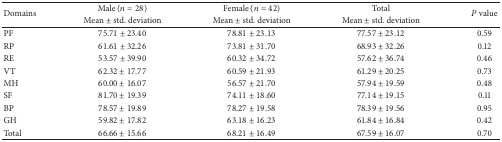
<table><thead><tr><td rowspan="2"><b>Domains</b></td><td><b>Male (<i>n</i> = 28)</b></td><td><b>Female (<i>n</i> = 42)</b></td><td><b>Total</b></td><td rowspan="2"><b><i>P</i> value</b></td></tr><tr><td><b>Mean ± std. deviation</b></td><td><b>Mean ± std. deviation</b></td><td><b>Mean ± std. deviation</b></td></tr></thead><tbody><tr><td>PF</td><td>75.71 ± 23.40</td><td>78.81 ± 23.13</td><td>77.57 ± 23.12</td><td>0.59</td></tr><tr><td>RP</td><td>61.61 ± 32.26</td><td>73.81 ± 31.70</td><td>68.93 ± 32.26</td><td>0.12</td></tr><tr><td>RE</td><td>53.57 ± 39.90</td><td>60.32 ± 34.72</td><td>57.62 ± 36.74</td><td>0.46</td></tr><tr><td>VT</td><td>62.32 ± 17.77</td><td>60.59 ± 21.93</td><td>61.29 ± 20.25</td><td>0.73</td></tr><tr><td>MH</td><td>60.00 ± 16.07</td><td>56.57 ± 21.70</td><td>57.94 ± 19.59</td><td>0.48</td></tr><tr><td>SF</td><td>81.70 ± 19.39</td><td>74.11 ± 18.60</td><td>77.14 ± 19.15</td><td>0.11</td></tr><tr><td>BP</td><td>78.57 ± 19.89</td><td>78.27 ± 19.58</td><td>78.39 ± 19.56</td><td>0.95</td></tr><tr><td>GH</td><td>59.82 ± 17.82</td><td>63.18 ± 16.23</td><td>61.84 ± 16.84</td><td>0.42</td></tr><tr><td>Total</td><td>66.66 ± 15.66</td><td>68.21 ± 16.49</td><td>67.59 ± 16.07</td><td>0.70</td></tr></tbody></table>